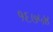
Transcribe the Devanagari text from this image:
१६७५४